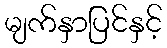
မျက်နှာပြင်နှင့်